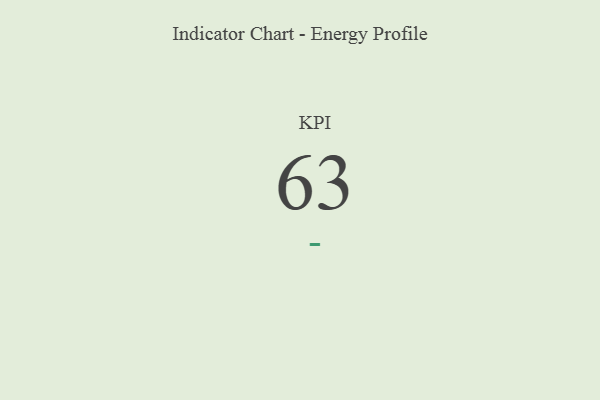
{"axis": {"x": "KPI", "y": "Value"}, "legend": [""], "data": [{"x": "KPI", "y": 63, "type": ""}]}